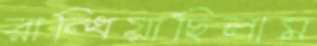
রান্ধিয়াছিলাম